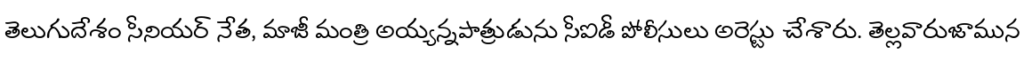
తెలుగుదేశం సీనియర్ నేత, మాజీ మంత్రి అయ్యన్నపాత్రుడును సీఐడీ పోలీసులు అరెస్టు చేశారు. తెల్లవారుజామున